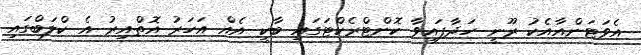
އެވަޓަންއާއެކު ރޫނީ ހަދާފައިވާ ކޮންޓްރެކްޓަގައި ބާކީ އެއް އަހަރު އޮތްއިރު އެ ކްލަބްގައި